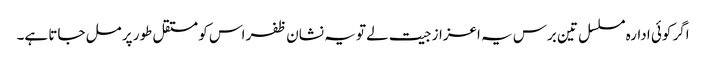
اگر کوئی ادارہ مسلسل تین برس یہ اعزاز جیت لے تو یہ نشان ظفر اس کو مستقل طور پر مل جاتا ہے۔